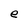
Character: e